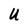
Character: U